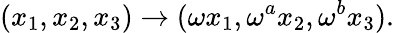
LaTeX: (x_{1},x_{2},x_{3})\rightarrow(\omega x_{1},\omega^{a}x_{2},\omega^{b}x_{3}).